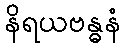
နိရယဗန္ဓနံ